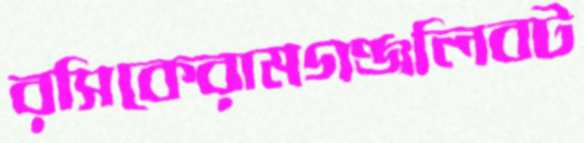
রসিকেরামগঞ্জলিবট